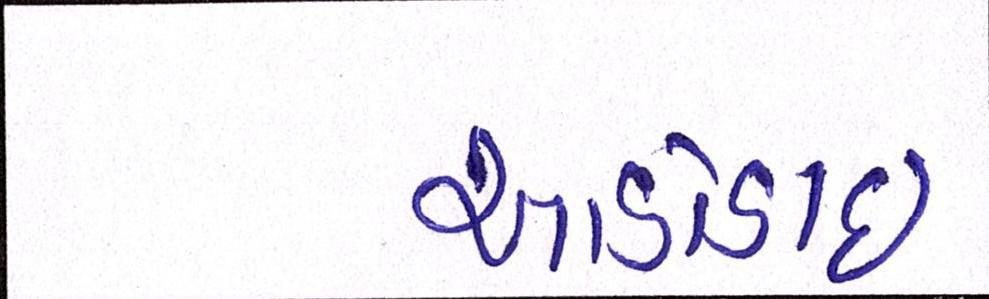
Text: આડોડાઈ